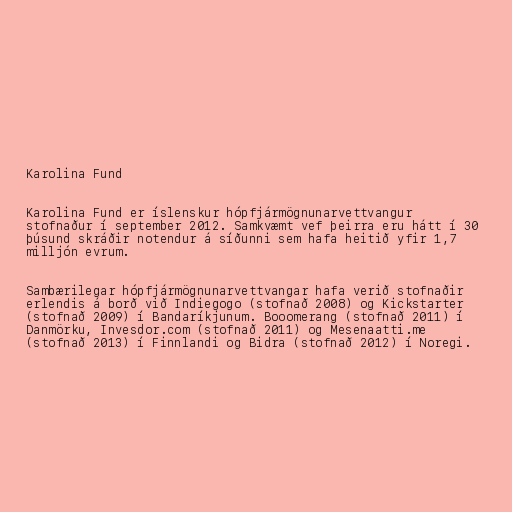
Karolina Fund

Karolina Fund er íslenskur hópfjármögnunarvettvangur
stofnaður í september 2012. Samkvæmt vef þeirra eru hátt í 30
þúsund skráðir notendur á síðunni sem hafa heitið yfir 1,7
milljón evrum.

Sambærilegar hópfjármögnunarvettvangar hafa verið stofnaðir
erlendis á borð við Indiegogo (stofnað 2008) og Kickstarter
(stofnað 2009) í Bandaríkjunum. Booomerang (stofnað 2011) í
Danmörku, Invesdor.com (stofnað 2011) og Mesenaatti.me
(stofnað 2013) í Finnlandi og Bidra (stofnað 2012) í Noregi.